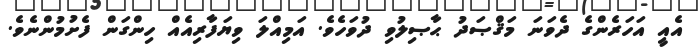
އެއީ އަހަރެންގެ ދެވަނަ މަޤްޞަދު ޙާޞިލުވި ދުވަހެވެ. އަމިއްލަ ވިޔަފާރިއެއް ހިންގަން ފެށުމުންނެވެ.